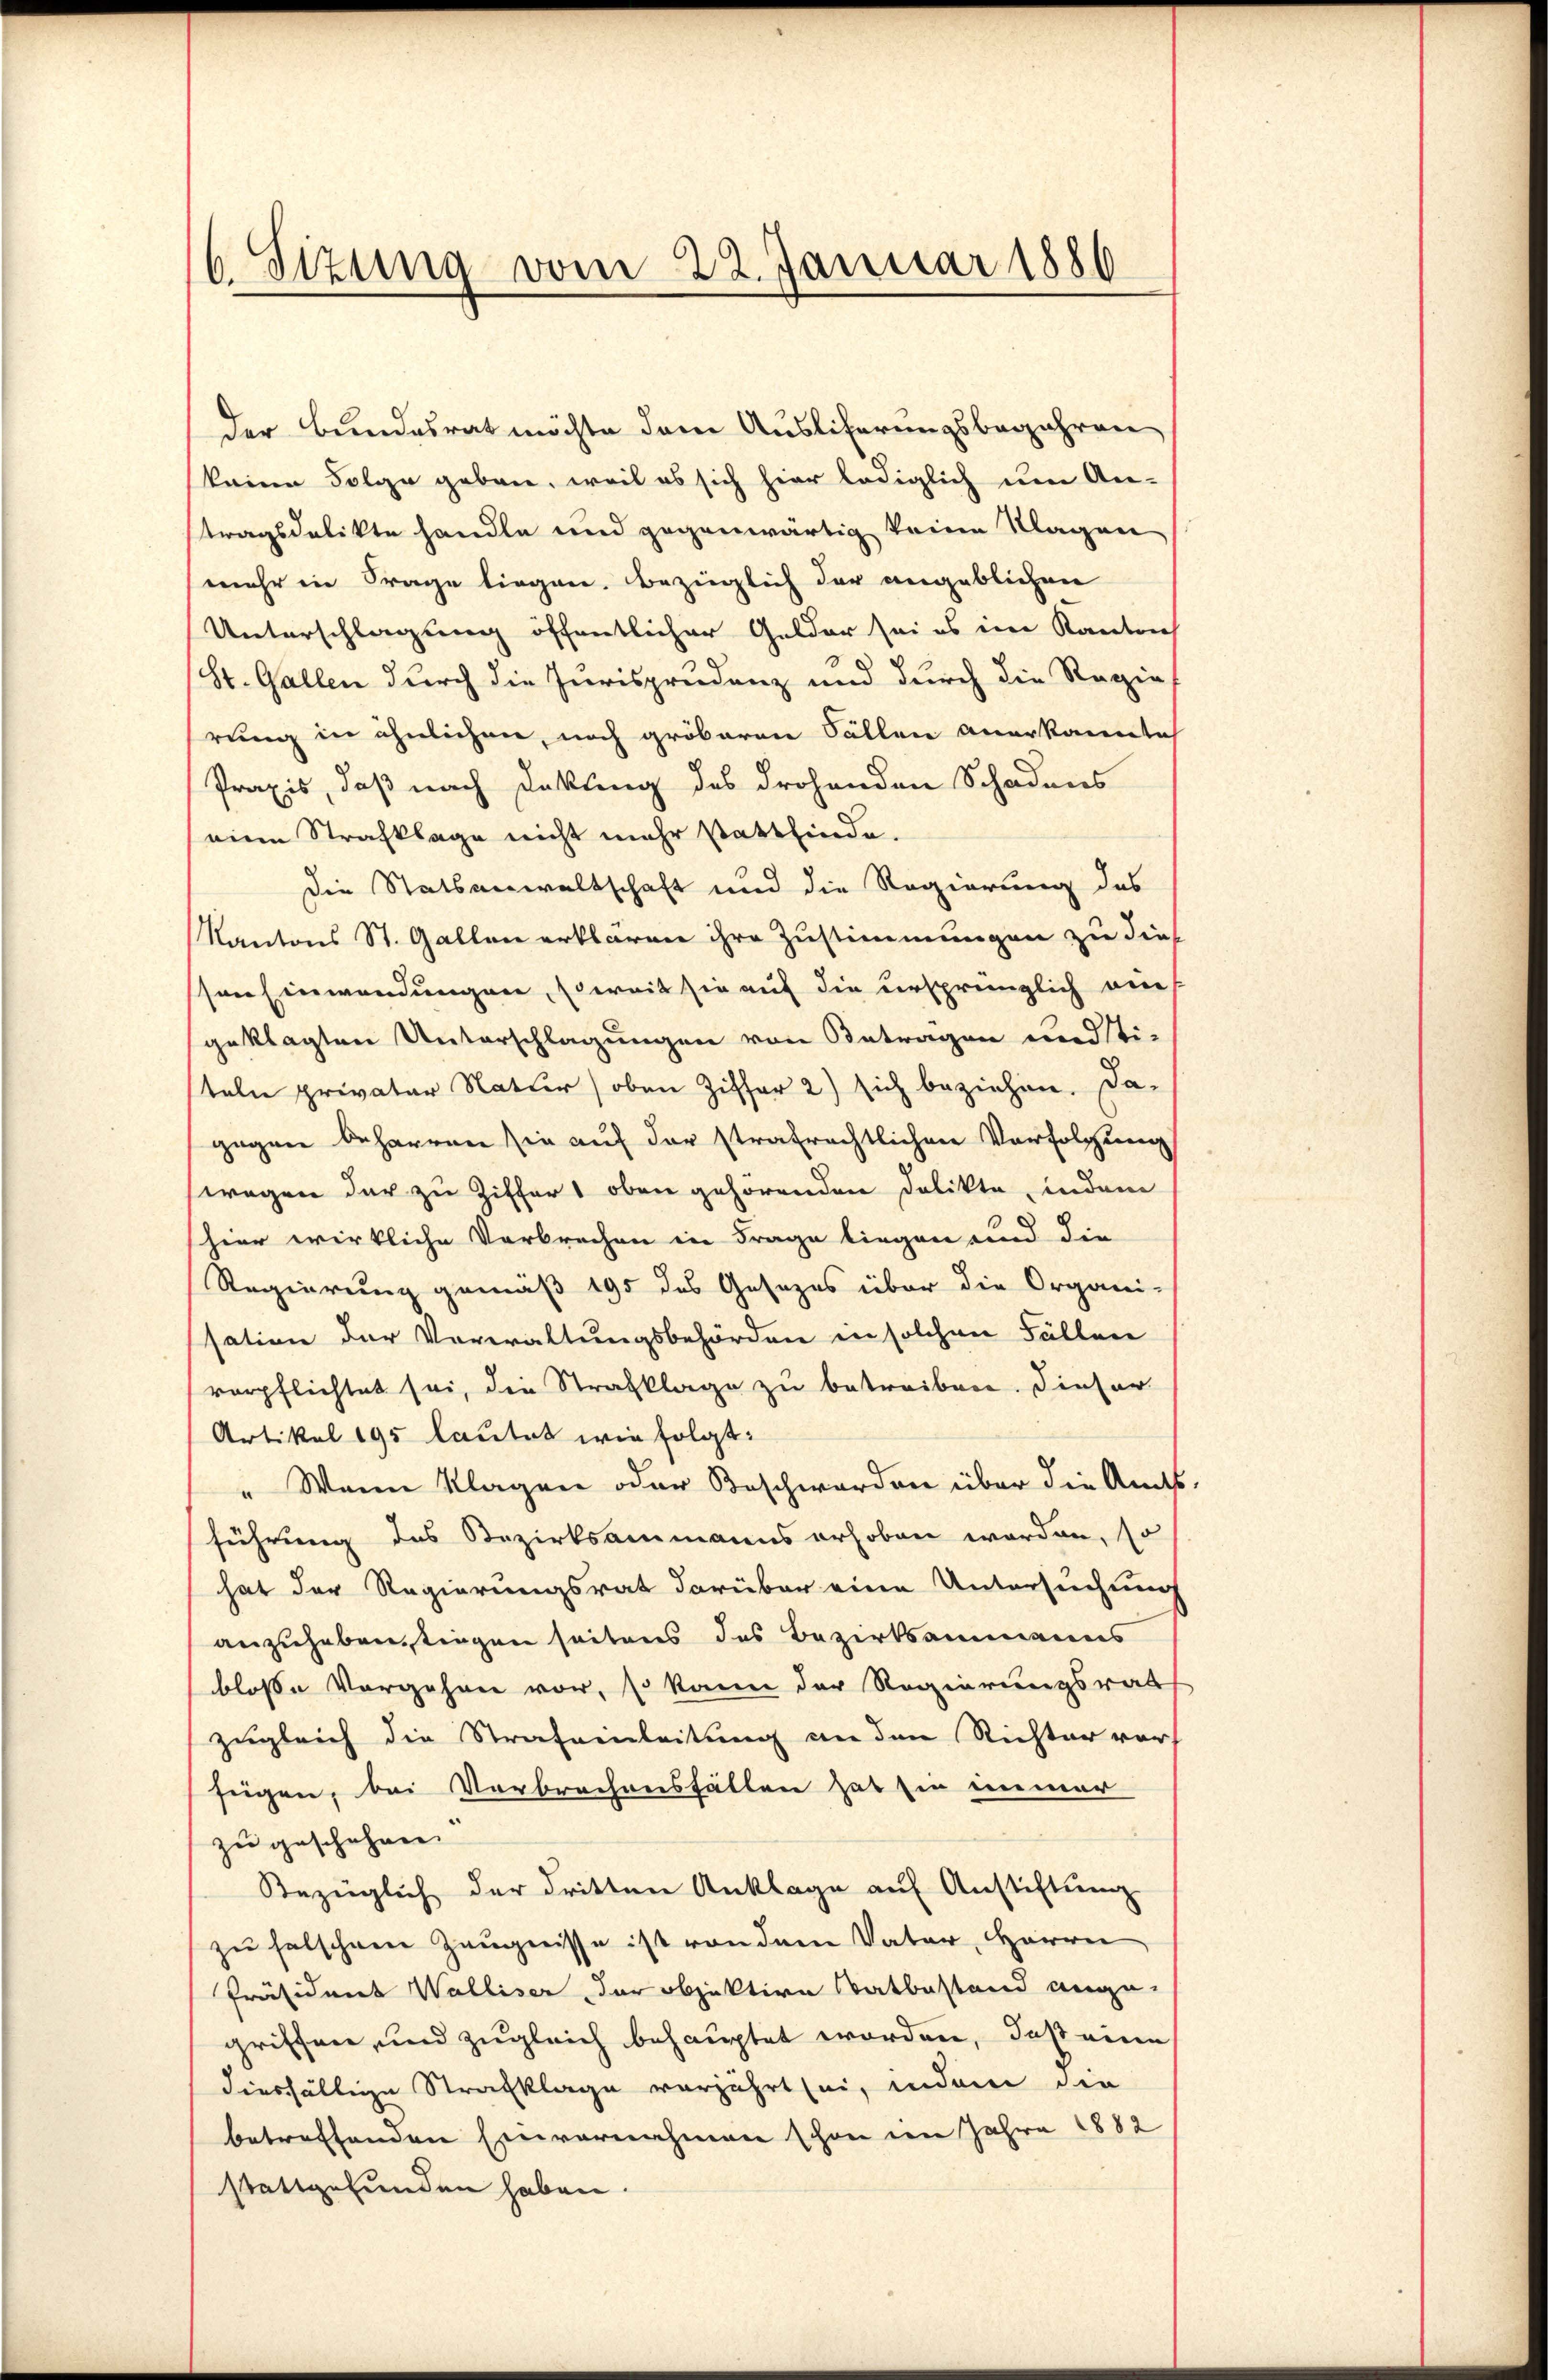
6. Sizung vom 22. Januar 1886

der Bundesrat möchte dem Ausliferungsbegehren
keine Folge geben, weil es sich hier lediglich um An-
tragsdelikte handle und gegenwärtig keine Klagen
mehr in Frage liegen. Bezüglich der angeblichen
Unterschlagung öffentlicher Gelder sei es im Kanton
St. Gallen durch die Jurisprudenz und durch die Regie
rung in ähnlichen, noch gröbaren Fällen anerkannte
Praxis, daß nach Dekling des drohenden Schadens
eine Strafklage nicht mehr stattfinde.
die Statsanwaltschaft und die Regierung des
Kantons St. Gallen erklären ihre Zustimmungen zu dies
son Einwendungen, soweit sie auf die ursprünglich am
geklagten Unterschlagungen von Betragen und Ti-
teln privater Natur oben Ziffer 2) sich beziehen. Da-
gegen beharren sie auf der strafrechtlichen Verfolgung
wagen der zu Ziffer oben gehörenden Delikte, indem
hier wirkliche Verbrechen in Frage liegen und die
Regierung gemäß 195 des Gesezes über die Organi-
sation der Verwaltungsbehörden in solchen Fällen
verpflichtet sei, die Strafklage zu betreiben. Dieser
Artikel 195 lautet wie folgt:
" Wann Klagen oder Beschwerden über die Ant
führung des Bezirksammanns erhoben worden, so
hat der Regierungsrat darüber eine Untersuchung
anzuheben, stiegen seitens das Bezirksammanns
blosse Vorgehen vor, so kann der Regierungsrath
zugleich die Strafeinleitung an den Richter vor
fügen, bei Verbrechensfällen hat sie immer
zu geschehen.
Bezüglich der dritten Anklage auf Anstiftung
zu falschen Zeugnisse ist von dem Vater HHerrn
Präsident Walliser, der objektive Statbestand ange-
griffen, und zugleich behauptet worden, daß eine
diesfältige Strafklage vorjährt sei, indem die
betreffenden Einvernahmen schon den Jahre 1882
stattgefunden haben.